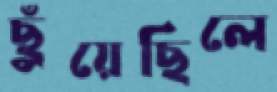
ছুঁয়েছিলে